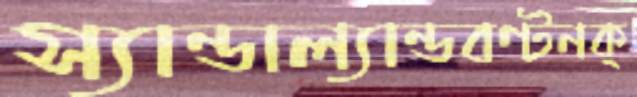
স্যান্ডাল্যান্ডবণ্টনক্